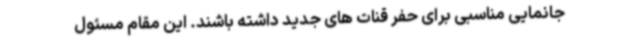
جانمایی مناسبی برای حفر قنات های جدید داشته باشند. این مقام مسئول